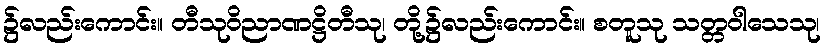
၌လည်းကောင်း။ တီသုဝိညာဏဋ္ဌိတီသု၊ တို့၌လည်းကောင်း။ စတူသု သတ္တဝါသေသု၊